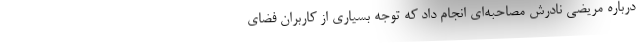
درباره مریضی نادرش مصاحبه‌ای انجام داد که توجه بسیاری از کاربران فضای